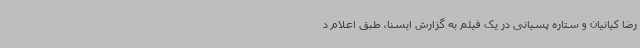
رضا کیانیان و ستاره پسیانی در یک فیلم به گزارش ایسنا، طبق اعلام د